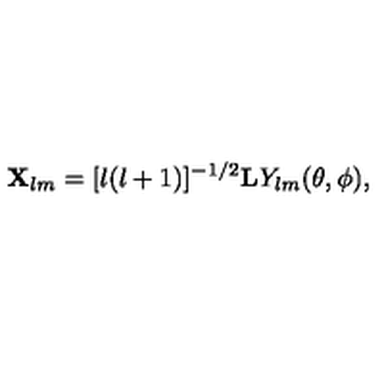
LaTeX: { \bf X } _ { l m } = [ l ( l + 1 ) ] ^ { - 1 / 2 } { \bf L } Y _ { l m } ( \theta , \phi ) ,